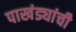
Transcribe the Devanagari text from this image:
पाखंड्यांची